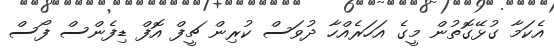
އެކަމާ ގުޅޭގޮތުން މީގެ އަހަރެއްހާ ދުވަސް ކުރިން ޗީފް އޮފް ޑިފެންސް ފޯސް